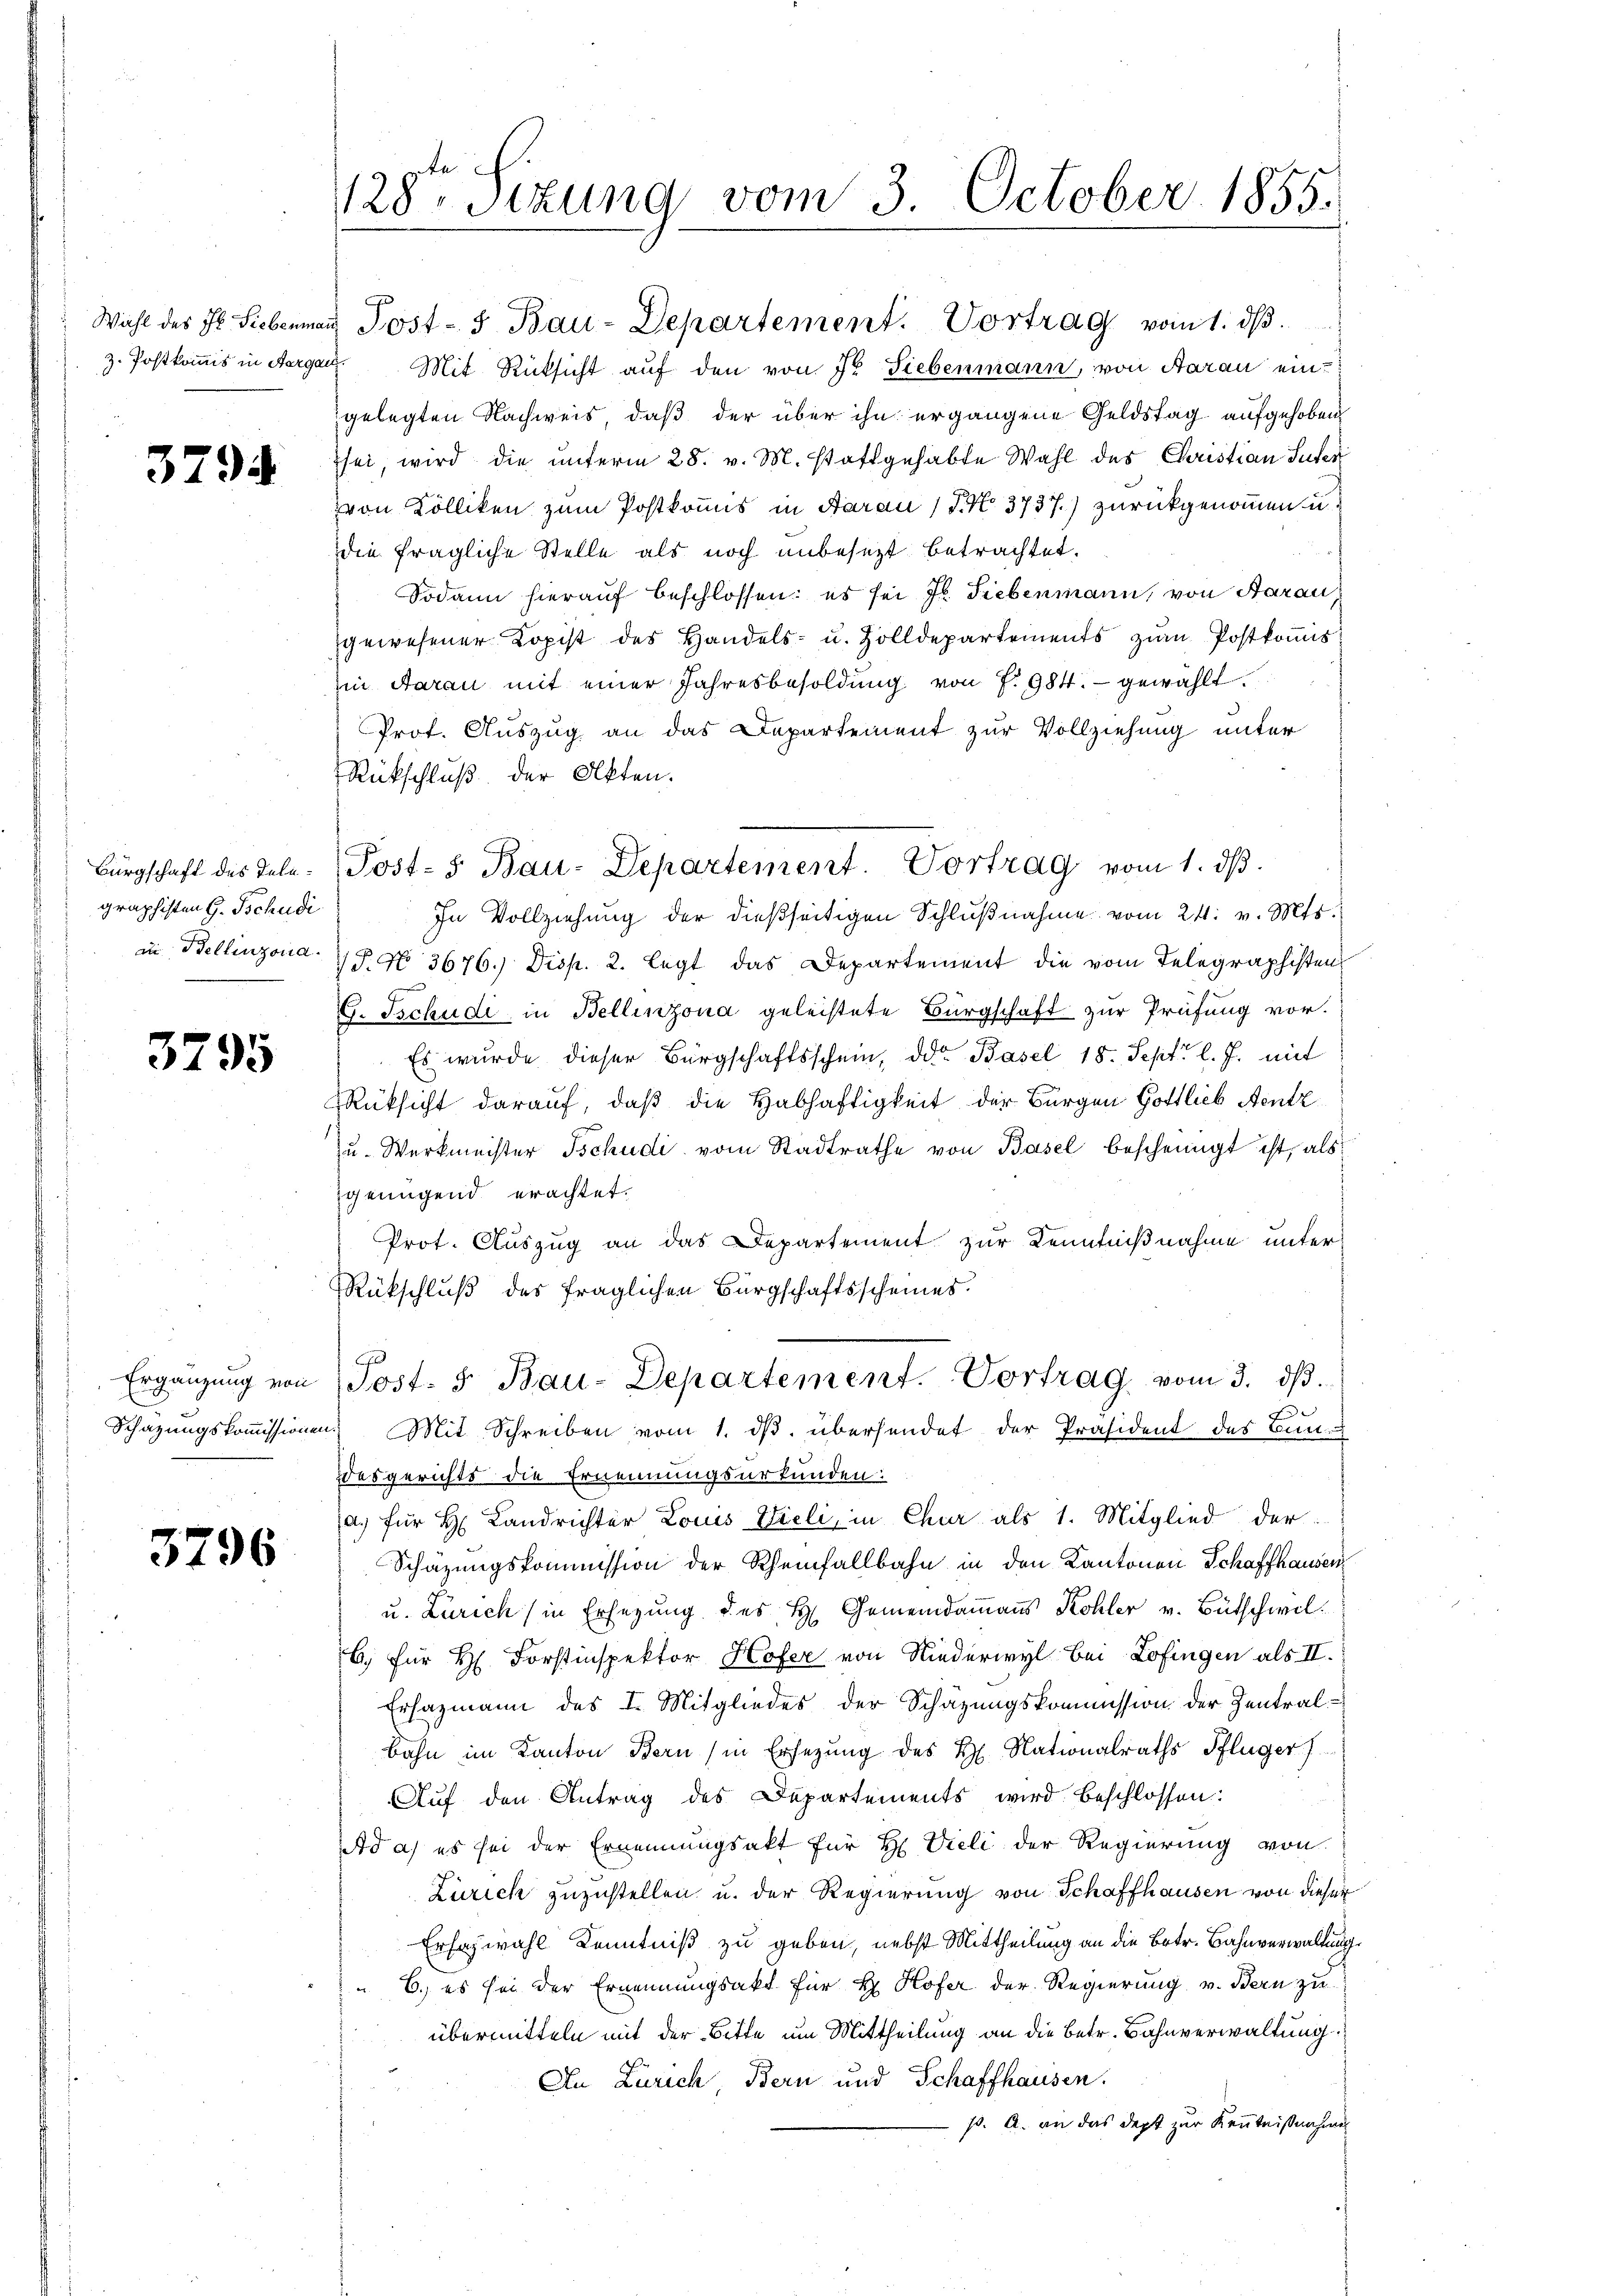
Wahl des Jb. Siebenmai
z. Postkommis in Aarga

3794

Bürgschaft des Telegraphisten G. Tschudi
in Bellinzona.

3795

Ergänzung von
Schazungskommissionen

3796

1128. Sitzung vom 3. October 1855.

J
Prot. Auszug an das Departement zur Vollziehung unter
Rückschluß der Akten.
In Vollziehung der dießseitigen Schlŭβnahme vom 24. v. Mts.
T. No 3676.) Disp. 2. legt das Departement die vom Telegraphisten
G. schudi in Bellinzona geleistete Bürgschaft zur Prüfung vor.
Es wurde dieser Bürgschaftsschein, der Basel 18. Sept. l. J. mit
Rücksicht darauf, daß die Habhaftigkeit der Bürgen Gottlieb Aentz
zu. Werkmeister Tschudi vom Stadtrathe von Basel bescheinigt ist, als
genügend erachtet.
Prot. Auszug an das Departement zur Kenntnißnahme unter
Rückschluß des fraglichen Bürgschaftsscheines
Post- & Bau-Departement. Vortrag vom 3. ds.
Mit Schreiben vom 1. dβ übersendet der Präsident des Bun
desgerichts die Ernennungsurkunden:
a. für H. Landrichter Louis Vieli, in Chur als 1. Mitglied der
Schäzungskommission der Rheinfallbahn in den Kantonen Schaffhausen
u. Zürich (in Erlegung des H. Gemeindammanns Kohler v. Bütschwel¬
6. für H. Forstinspektor Hofer von Niederwyl bei Lofingen als II.
Ersazmann des I. Mitgliedes der Schazungskommission der Zentral¬
Bahn im Kanton Bern (in Ersezung des H. Nationalraths Pflüger
Auf den Antrag des Departements wird beschlossen:
d a) es sei der Ernennungsakt für H. Vieli der Regierung von
Zürich zuzustellen u. der Regierung von Schaffhausen von dieser
Ersazwahl Kenntniß zu geben, nebst Mittheilung an die Betr. Bahnverwaltung
6.) es sei der Ernennungsakt für H. Hofer der Regierung v. Bern zu
übermitteln mit der Bitte um Mittheilung an die betr. Bahnverwaltung
An Zürich, Bern und Schaffhausen.
p. A. an das dept zur Kenntnißnahmen

Jost- 5. Bau-Departement. Vortrag vom 1. ds.
 Mit Rücksicht auf den von Fr. Siebenmann, von Aarau eingelegten Nachweis, daß der über ihn ergangene Geldstag aufgehoben
sei, wird die unterm 28. v. M. stattgehabte Wahl des Christian Suter
zvon Kölliken zum Postkommis in Aarau (S. No. 3737.) zurückgenommen u.
die fragliche Stelle als noch unbesezt betrachtet.
Sodann hierauf beschlossen: es sei J. Siebenmann, von Aarau
gewesener Kopist des Handels- u. Zolldepartements zŭm Postkoṁis
in Aarau mit einer Jahresbesoldung von P. 984.- gewählt

Post- 5. Bau-Departement. Vortrag vom 1. ds.